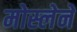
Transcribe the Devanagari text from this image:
मोस्लेने